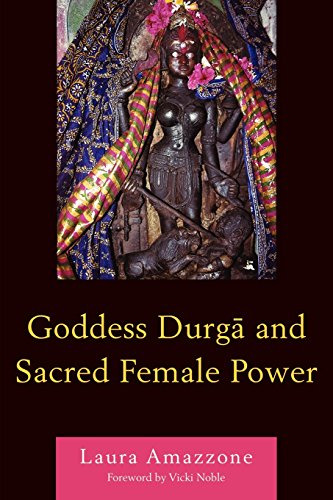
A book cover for Goddess Durga and Sacred Female Power; Laura Amazzone; Religion & Spirituality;